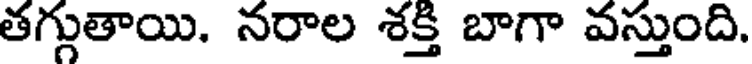
తగ్గుతాయి. నరాల శక్తి బాగా వస్తుంది.